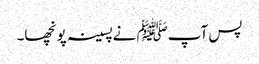
پس آپﷺ نےپسینہ پونچھا۔